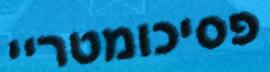
פסיכומטריי